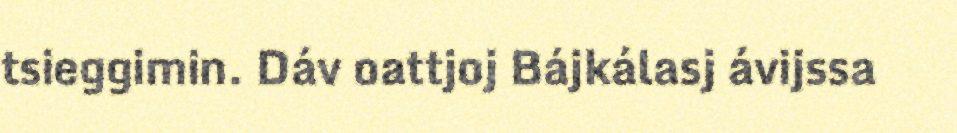
tsieggimin. Dáv oattjoj Bájkálasj ávijssa